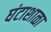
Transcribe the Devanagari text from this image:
घंटाशाळा